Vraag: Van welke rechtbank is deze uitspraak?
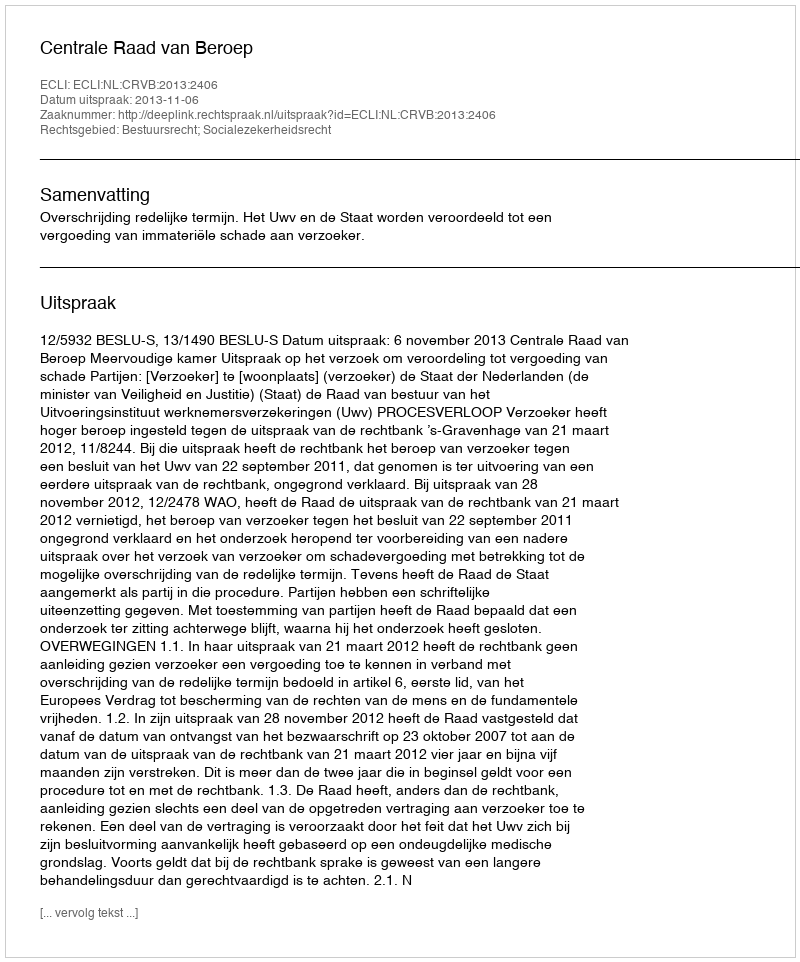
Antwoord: Centrale Raad van Beroep